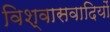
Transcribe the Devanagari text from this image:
विश्वासवादियों